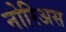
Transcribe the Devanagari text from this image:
नोरिअस